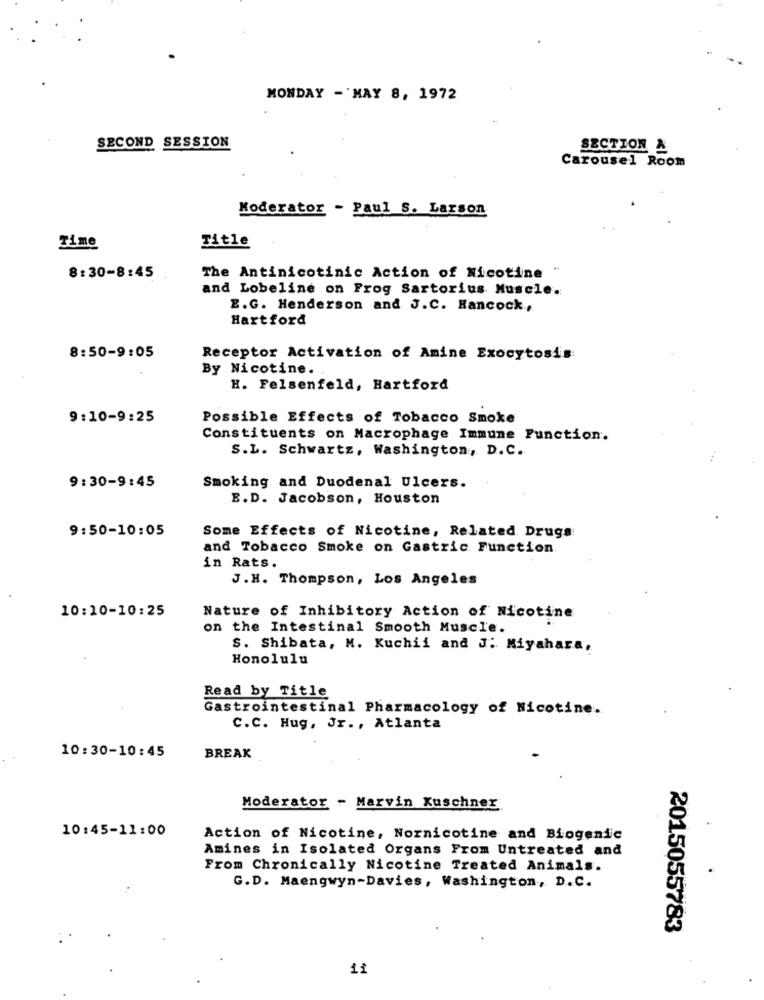
MONDAY - MAY 8, 1972
SECOND SESSION
SECTION &
Carousel Room
Moderator - Paul S. Larson
Time
Title
8:30-8:45
The Antinicotinic Action of Nicotine
and Lobeline on Frog Sartorius Muscle.
E.G. Henderson and J.C. Hancock .,
Hartford
8:50-9:05
Receptor Activation of Amine Exocytosis
By Nicotine.
H. Felsenfeld, Hartford
9:10-9:25
Possible Effects of Tobacco Smoke
Constituents on Macrophage Immune Function.
S.L. Schwartz, Washington, D.C.
. ..
9:30-9:45
Smoking and Duodenal Ulcers.
E.D. Jacobson, Houston
9:50-10:05
Some Effects of Nicotine, Related Drugs:
and Tobacco Smoke on Gastric Function.
in Rats.
J.H. Thompson, Los Angeles
10:10-10:25
Nature of Inhibitory Action of Nicotine
on the Intestinal Smooth Muscle.
S. Shibata, M. Kuchii and J: Miyahara,
Honolulu
Read by Title
Gastrointestinal Pharmacology of Nicotine.
C.C. Hug, Jr ., Atlanta
10:30-10:45
BREAK
Moderator - Marvin Kuschner
10:45-11:00
Action of Nicotine, Nornicotine and Biogenic
Amines in Isolated Organs From Untreated and
From Chronically Nicotine Treated Animals.
G.D. Maengwyn-Davies, Washington, D.C.
2015055783
11